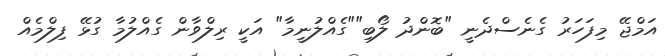
އަމްޖޭ މިފަހަރު ގެނެސްދެނީ "ބޮންދު ލޯބި""ގެއްލުނީމާ" އަކީ ރިލްވާން ގެއްލުމާ ގުޅޭ ފިލްމެއް